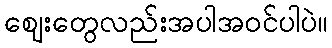
ဈေးတွေလည်းအပါအဝင်ပါပဲ။